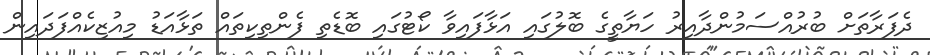
ދެފަރާތަށް ބުރުއްސަމުންދާއިރު ހަޔާތީގެ ބޮލުގައި އަޅާފައިވާ ކޯޓުގައި ބޮޑެތި ފެންތިކިތައް ތަޅާއަޑު މިއުޒިކެއްފަދައިން